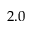
2 . 0